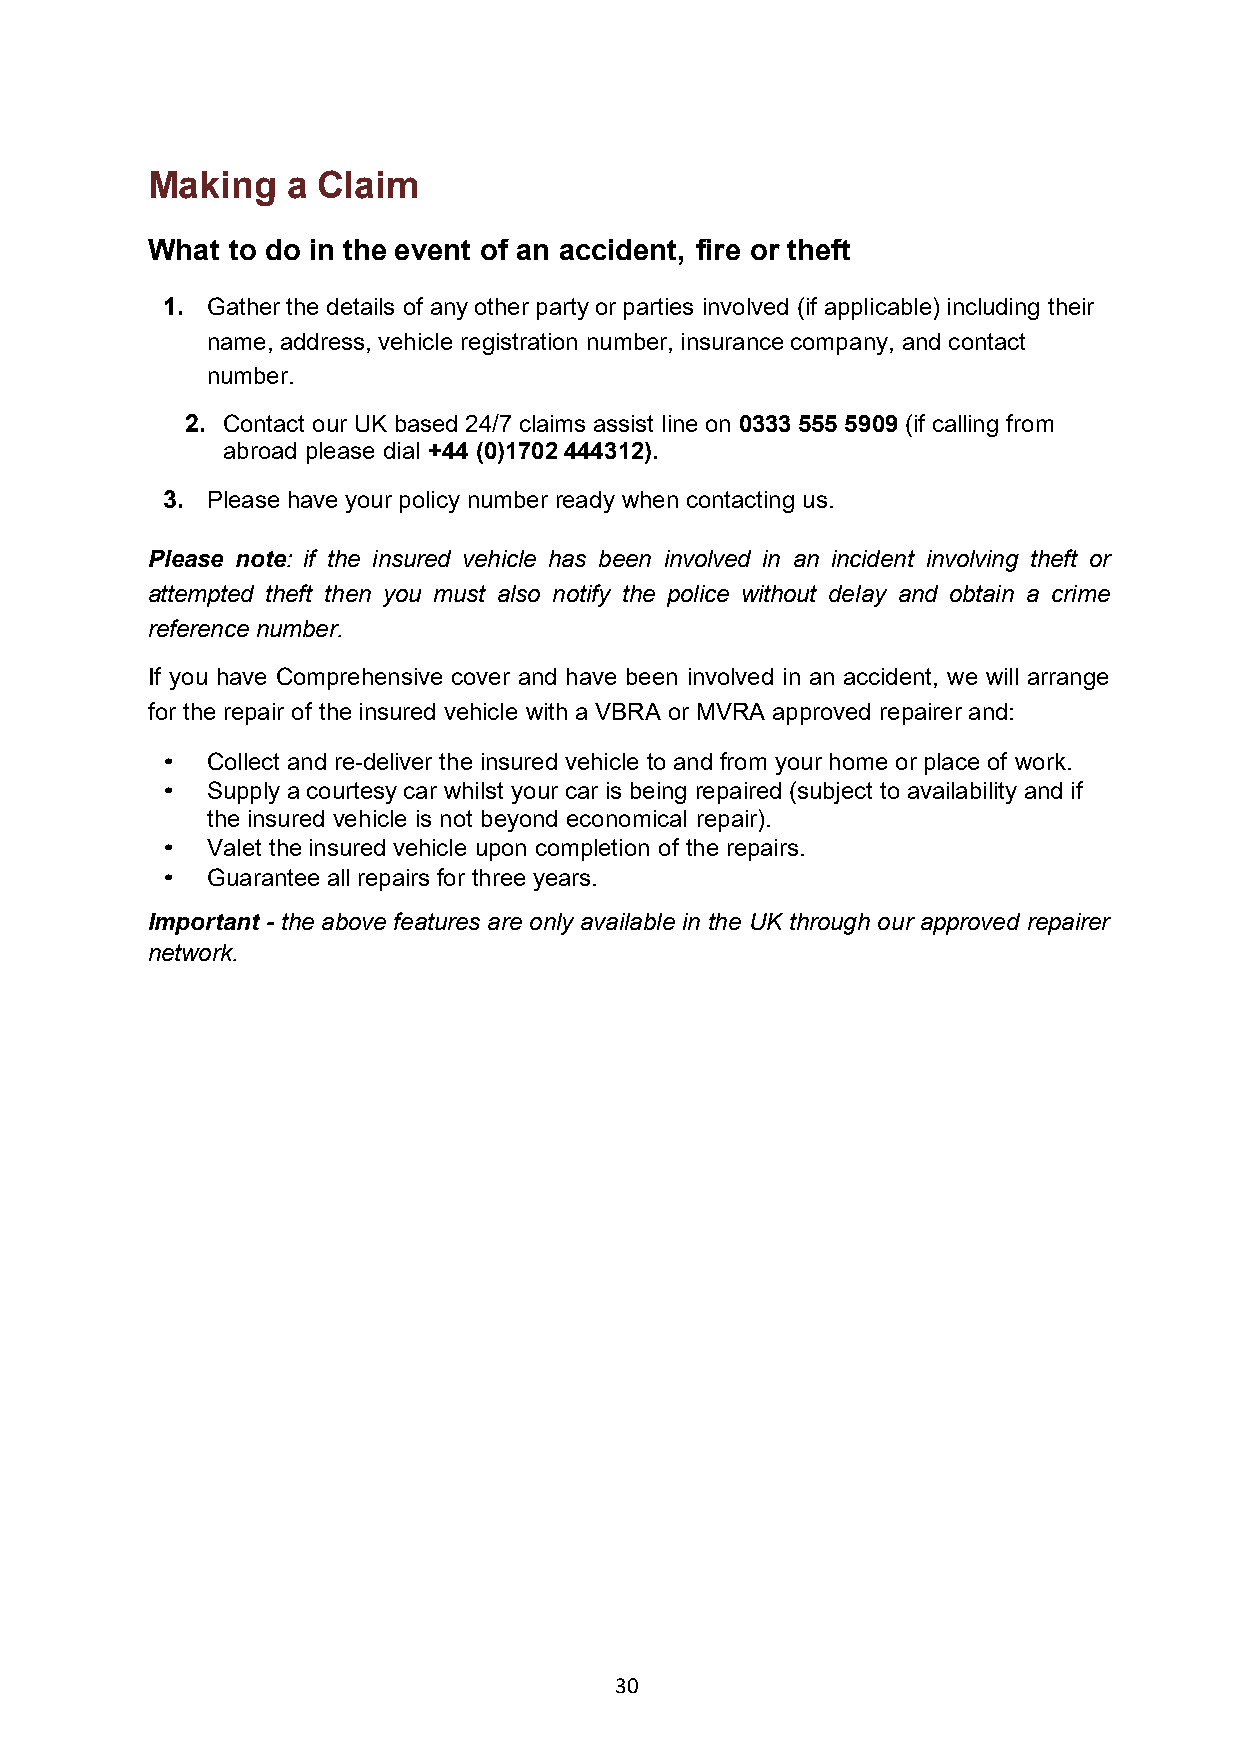
Making   a Claim
 What to do in the event of an accident, fire or theft
 1. Gather the details of any other party or parties involved (if applicable) including their
 name, address, vehicle registration number, insurance company, and contact
 number.
 2. Contact our UK based 24/7 claims assist line on 0333 555 5909 (if calling from
 abroad please dial +44 (0)1702 444312).
 3. Please have your policy number ready when contacting us.
 Please note: if the insured vehicle has been involved in an incident involving theft or
 attempted theft then you must also notify the police without delay and obtain a crime
 reference number.
 If you have Comprehensive cover and have been involved in an accident, we will arrange
 for the repair of the insured vehicle with a VBRA or MVRA approved repairer and:
 •  Collect and re-deliver the insured vehicle to and from your home or place of work.
 •  Supply a courtesy car whilst your car is being repaired (subject to availability and if
 the insured vehicle is not beyond economical repair).
 •  Valet the insured vehicle upon completion of the repairs.
 •  Guarantee all repairs for three years.
 Important - the above features are only available in the UK through our approved repairer
 network.
 30